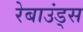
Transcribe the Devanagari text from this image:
रेबाउंड्स